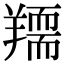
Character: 𦏌